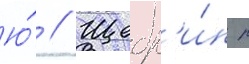
Ю́ // Щедр'и́н р